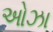
ઓઝા